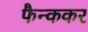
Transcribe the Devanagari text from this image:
फैन्ककर